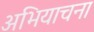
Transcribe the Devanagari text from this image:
अभियाचना